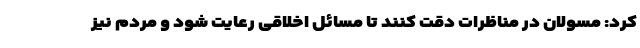
کرد: مسولان در مناظرات دقت کنند تا مسائل اخلاقی رعایت شود و مردم نیز